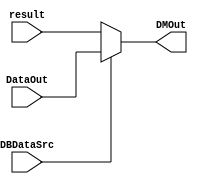
`timescale 1ns / 1ps
//////////////////////////////////////////////////////////////////////////////////
// Company: 
// Engineer: 
// 
// Design Name: 
// Module Name: DataOutSelector
// Project Name: 
// Target Devices: 
// Tool Versions: 
// Description: 
// 
// Dependencies: 
// 
// Revision:
// Revision 0.01 - File Created
// Additional Comments:
// 
//////////////////////////////////////////////////////////////////////////////////


module DataOutSelector(DBDataSrc, result, DataOut, DMOut);
    input DBDataSrc;
    input [31:0] result, DataOut;
    output wire [31:0] DMOut;
    
    assign DMOut = DBDataSrc ? DataOut : result;
endmodule